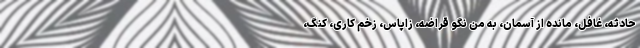
حادثه، غافل، مانده از آسمان، به من نگو قراضه، زاپاس، زخم‌ کاری، کنگ،